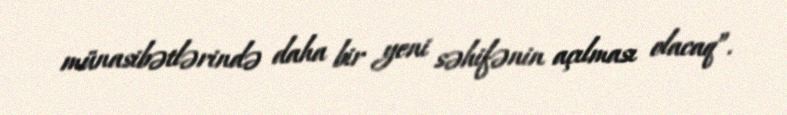
münasibətlərində daha bir yeni səhifənin açılması olacaq”.